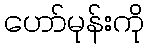
ဟော်မုန်းကို